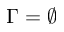
\Gamma = \emptyset